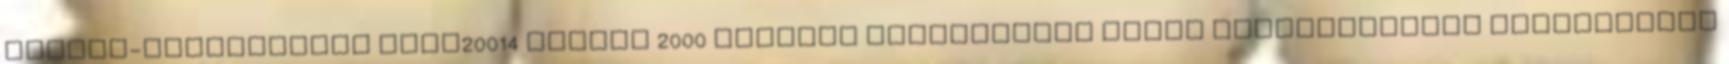
Hajósi-homokpuszta HUKN20014 NATURA 2000 terület fenntartási terve Önkormányzati közzétételi